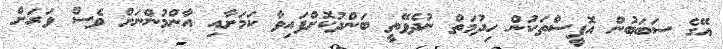
އޭގެ ސަބަބުން އޮފީސްތަކުން ހިދުމަތް ނުދެވޭތީ ބަންދުކޮށްފައިވާ ކަމަށާއި އާންމުންނަށް ވެސް ވަރަށް